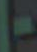
-